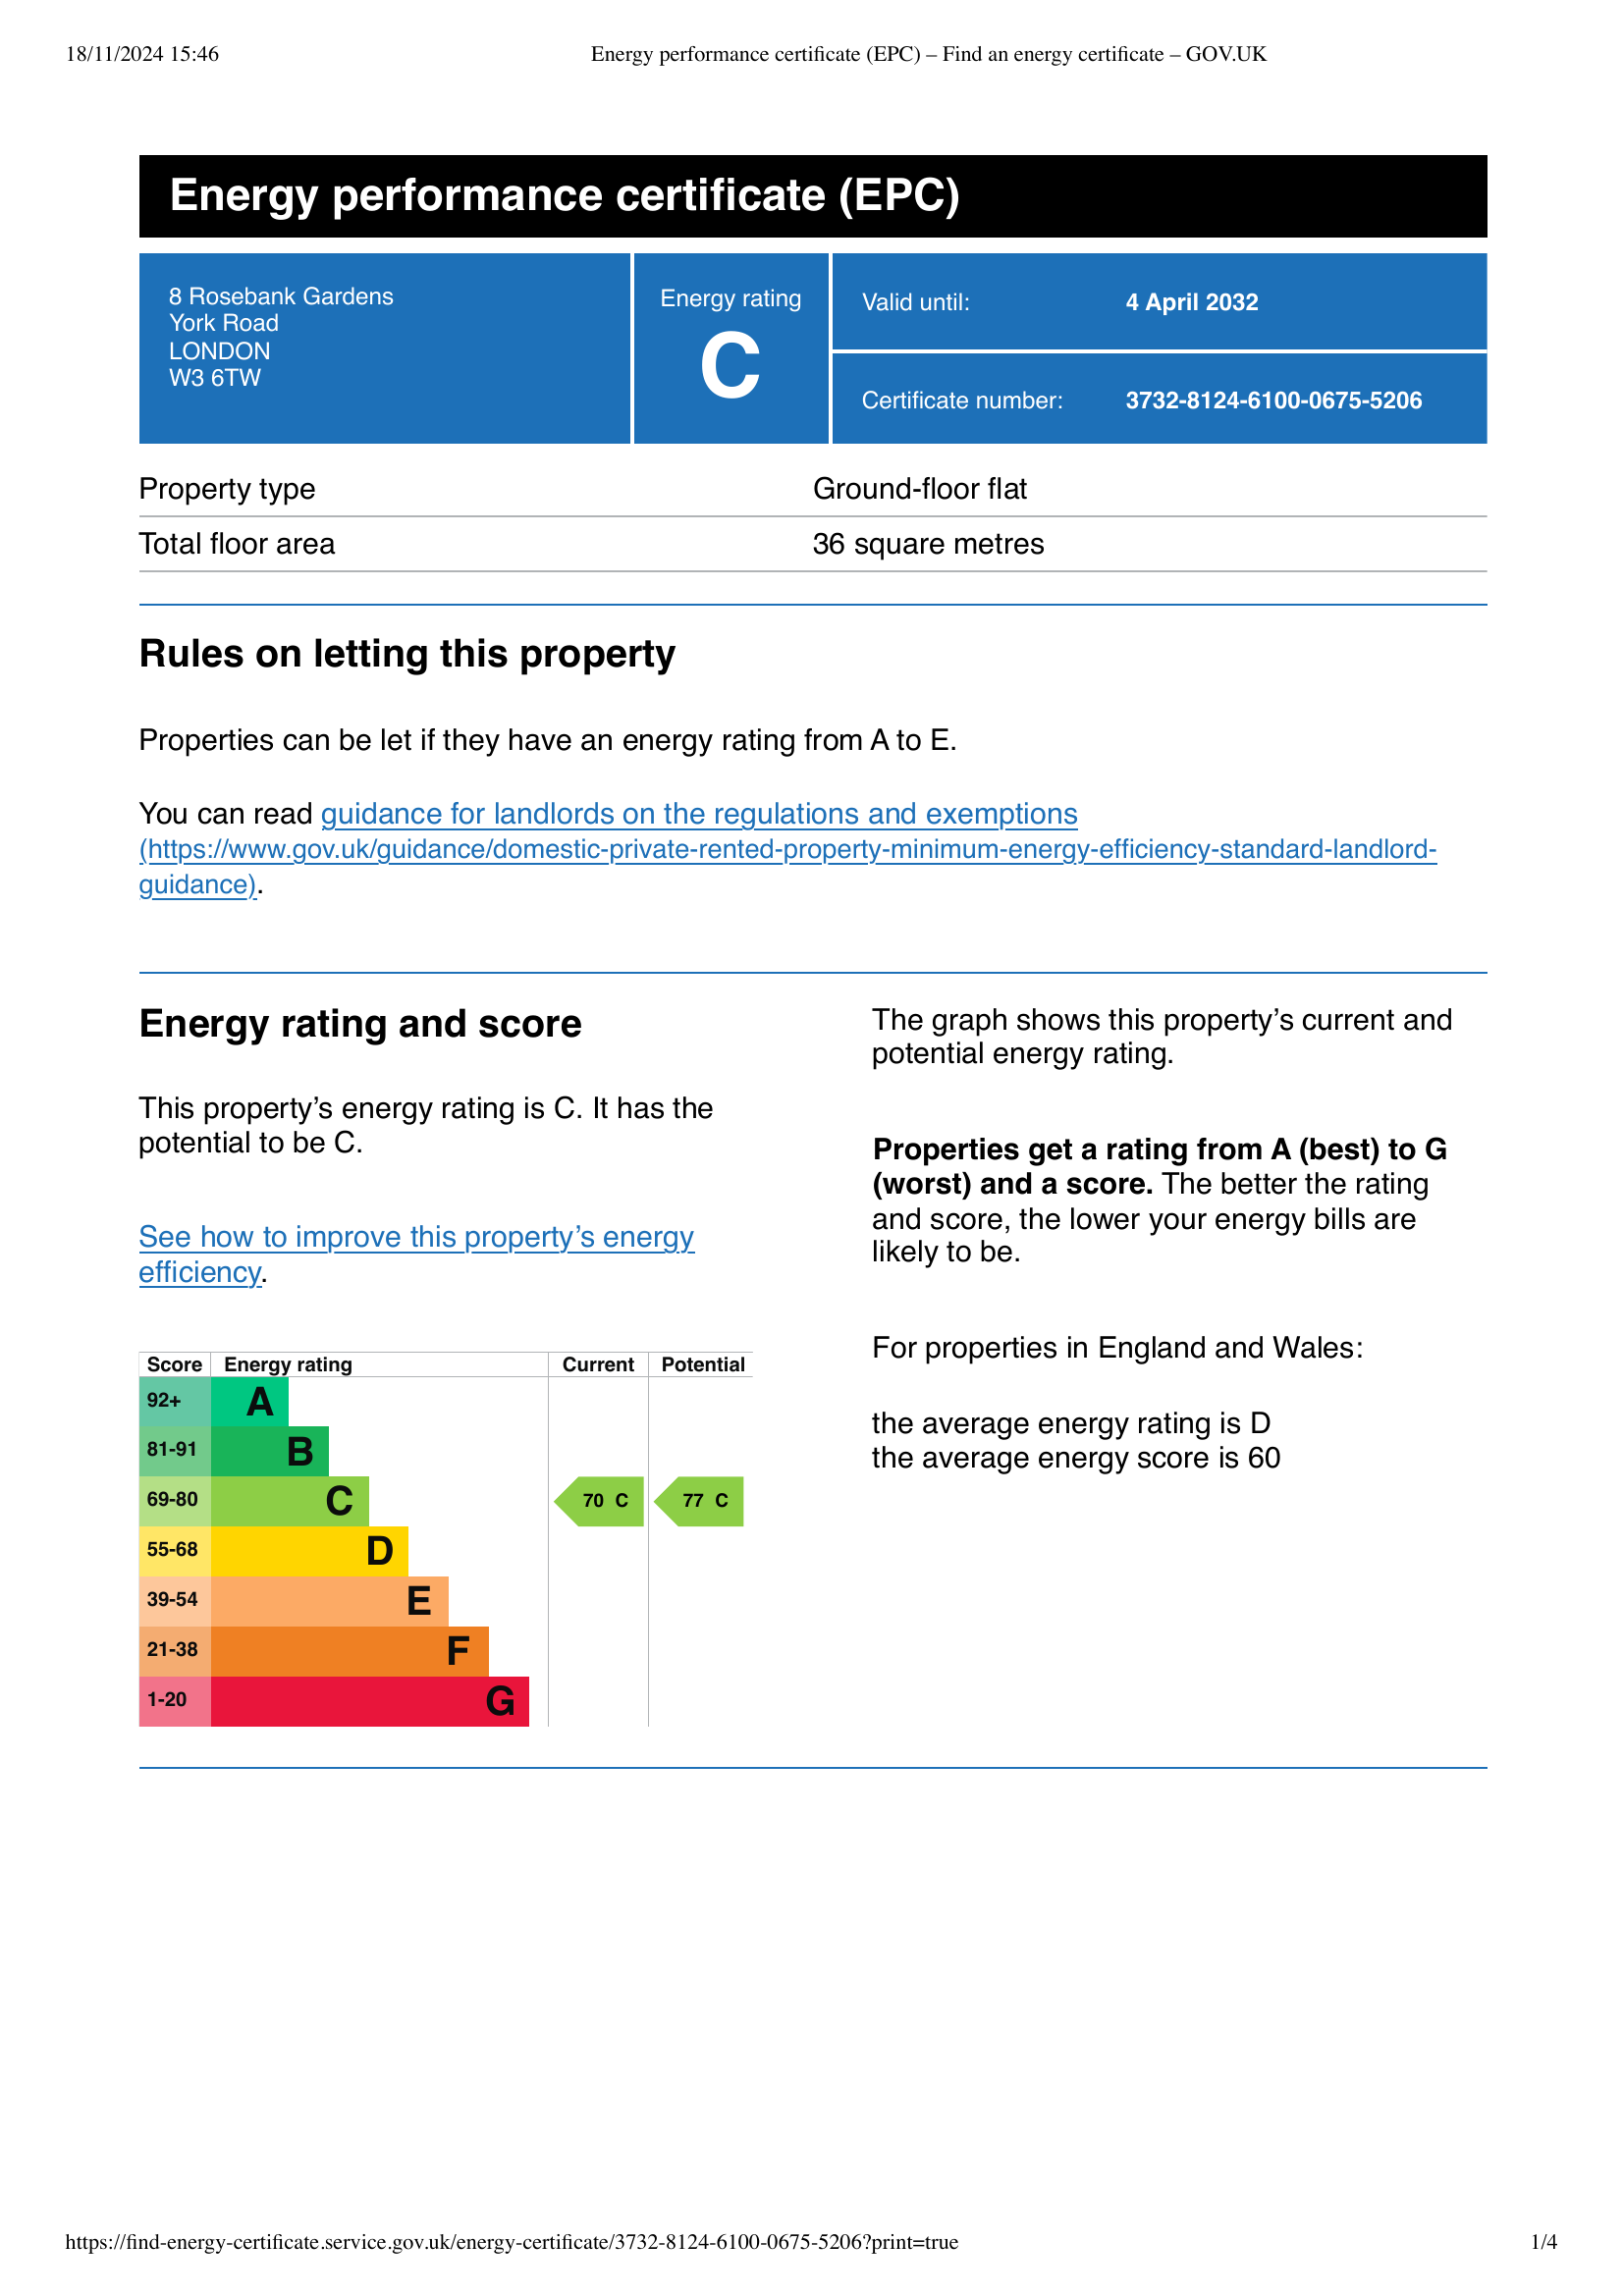
Current energy efficiency rating: C (score 70)
Potential energy efficiency rating: C (score 77)
Current environmental impact (CO2) rating: C (score )
Potential environmental impact (CO2) rating: B (score )